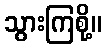
သွားကြစို့။